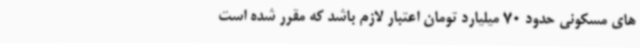
های مسکونی حدود 70 میلیارد تومان اعتبار لازم باشد که مقرر شده است